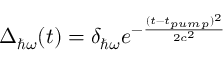
\Delta _ { \hbar \omega } ( t ) = \delta _ { \hbar \omega } e ^ { - \frac { ( t - t _ { p u m p } ) ^ { 2 } } { 2 c ^ { 2 } } }